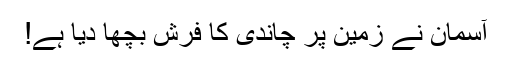
آسمان نے زمین پر چاندی کا فرش بچھا دیا ہے!